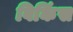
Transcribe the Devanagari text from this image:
विकिंस